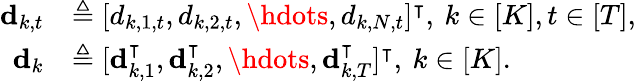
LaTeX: \begin{array}{rl}{\mathbf{d}_{k,t}}&{\triangleq[d_{k,1,t},d_{k,2,t},\hdots,d_{k,N,t}]^{\intercal},\: k\in[K],t\in[T],}\\ {\mathbf{d}_{k}}&{\triangleq[\mathbf{d}_{k,1}^{\intercal},\mathbf{d}_{k,2}^{\intercal},\hdots,\mathbf{d}_{k,T}^{\intercal}]^{\intercal},\: k\in[K].}\end{array}